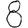
Digit: 8